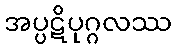
အပ္ပဋိပုဂ္ဂလဿ